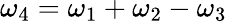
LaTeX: \omega_{4}=\omega_{1}+\omega_{2}-\omega_{3}